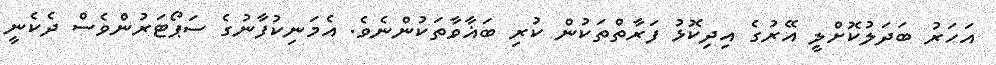
އަހަރު ބަދަލުކޮށްލީ އޭރުގެ އިދިކޮޅު ފަރާތްތަކުން ކުރި ބަޣާވާތަކުންނެވެ. އެމަނިކުފާނުގެ ސަޕޯޓަރުންވެސް ދެކެނީ